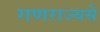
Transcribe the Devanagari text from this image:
गणराज्यसे